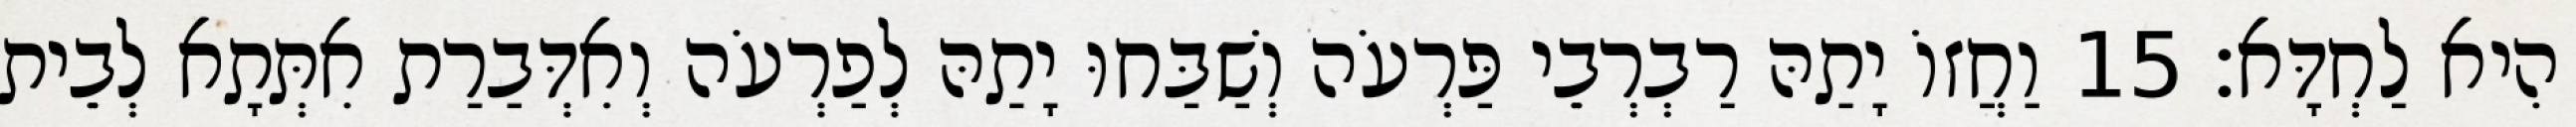
הִיא לַחְדָּא׃ 15 וַחֲזוֹ יָתַהּ רַבְרְבֵי פַּרְעֹה וְשַׁבַּחוּ יָתַהּ לְפַרְעֹה וְאִדְּבַרַת אִתְּתָא לְבֵית